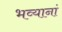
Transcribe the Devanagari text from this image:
भव्यानां